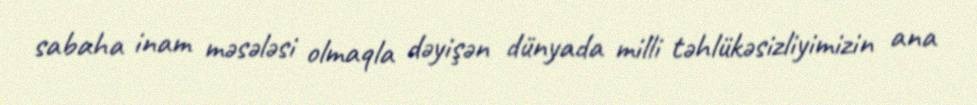
sabaha inam məsələsi olmaqla dəyişən dünyada milli təhlükəsizliyimizin ana